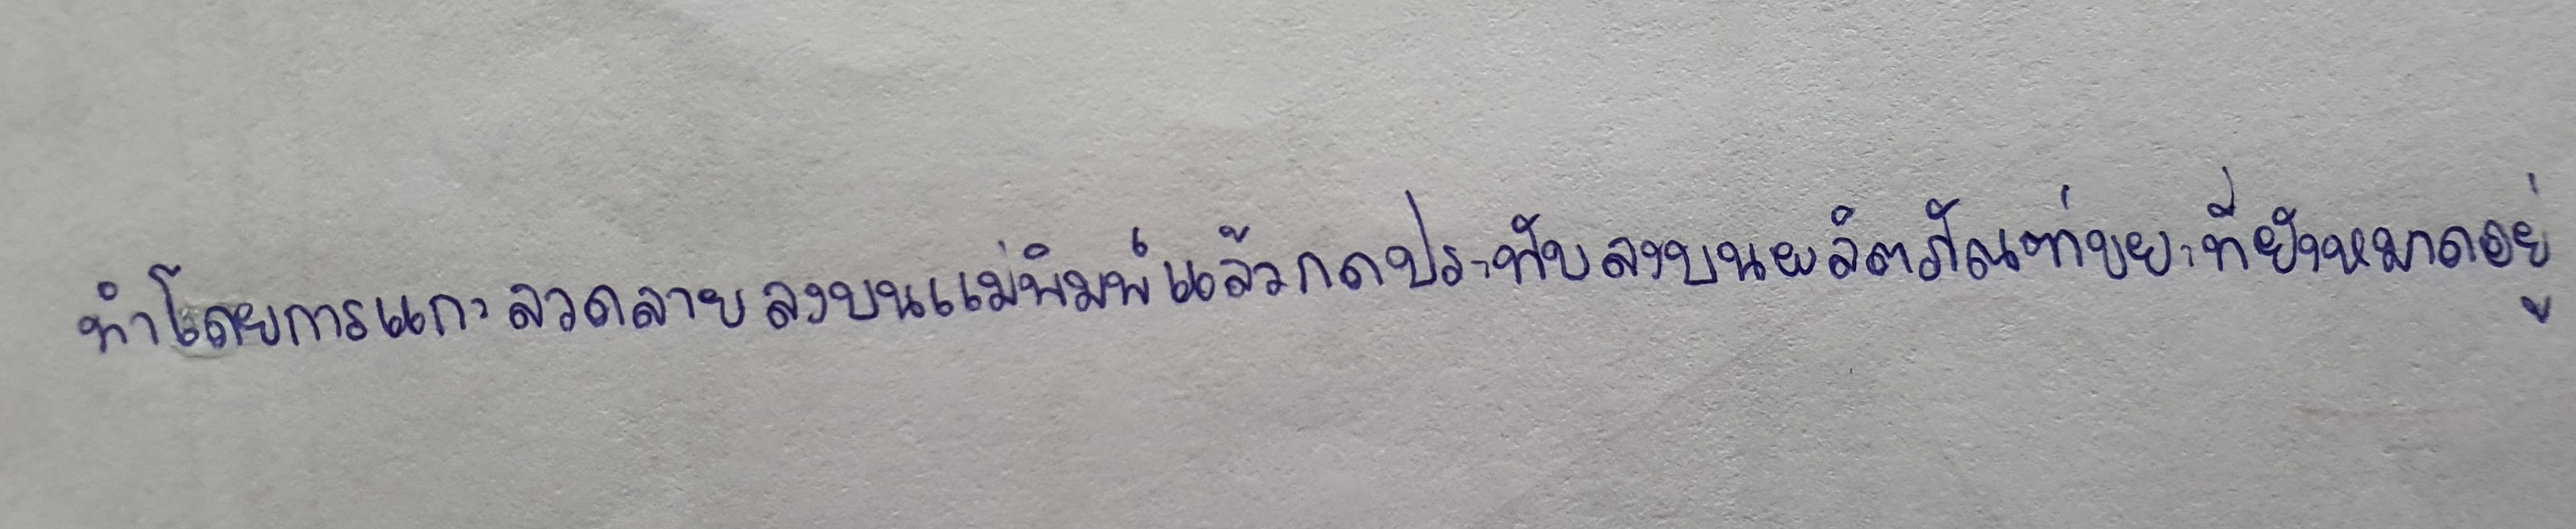
ทำโดยการแกะลวดลายลงบนแม่พิมพ์แล้วกดประทับลงบนผลิตภัณฑ์ขณะที่ยังหมาดอยู่